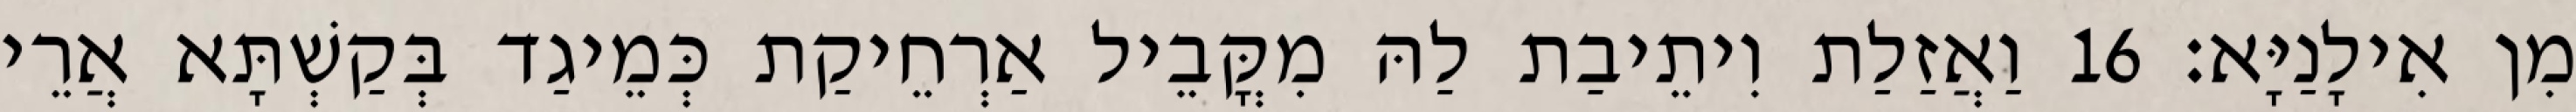
מִן אִילָנַיָּא׃ 16 וַאֲזַלַת וִיתֵיבַת לַהּ מִקֳּבֵיל אַרְחֵיקַת כְּמֵיגַד בְּקַשְׁתָּא אֲרֵי